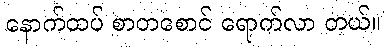
နောက်ထပ် စာတစောင် ရောက်လာ တယ်။